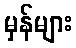
မှန်များ